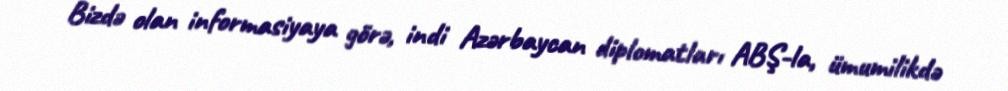
Bizdə olan informasiyaya görə, indi Azərbaycan diplomatları ABŞ-la, ümumilikdə